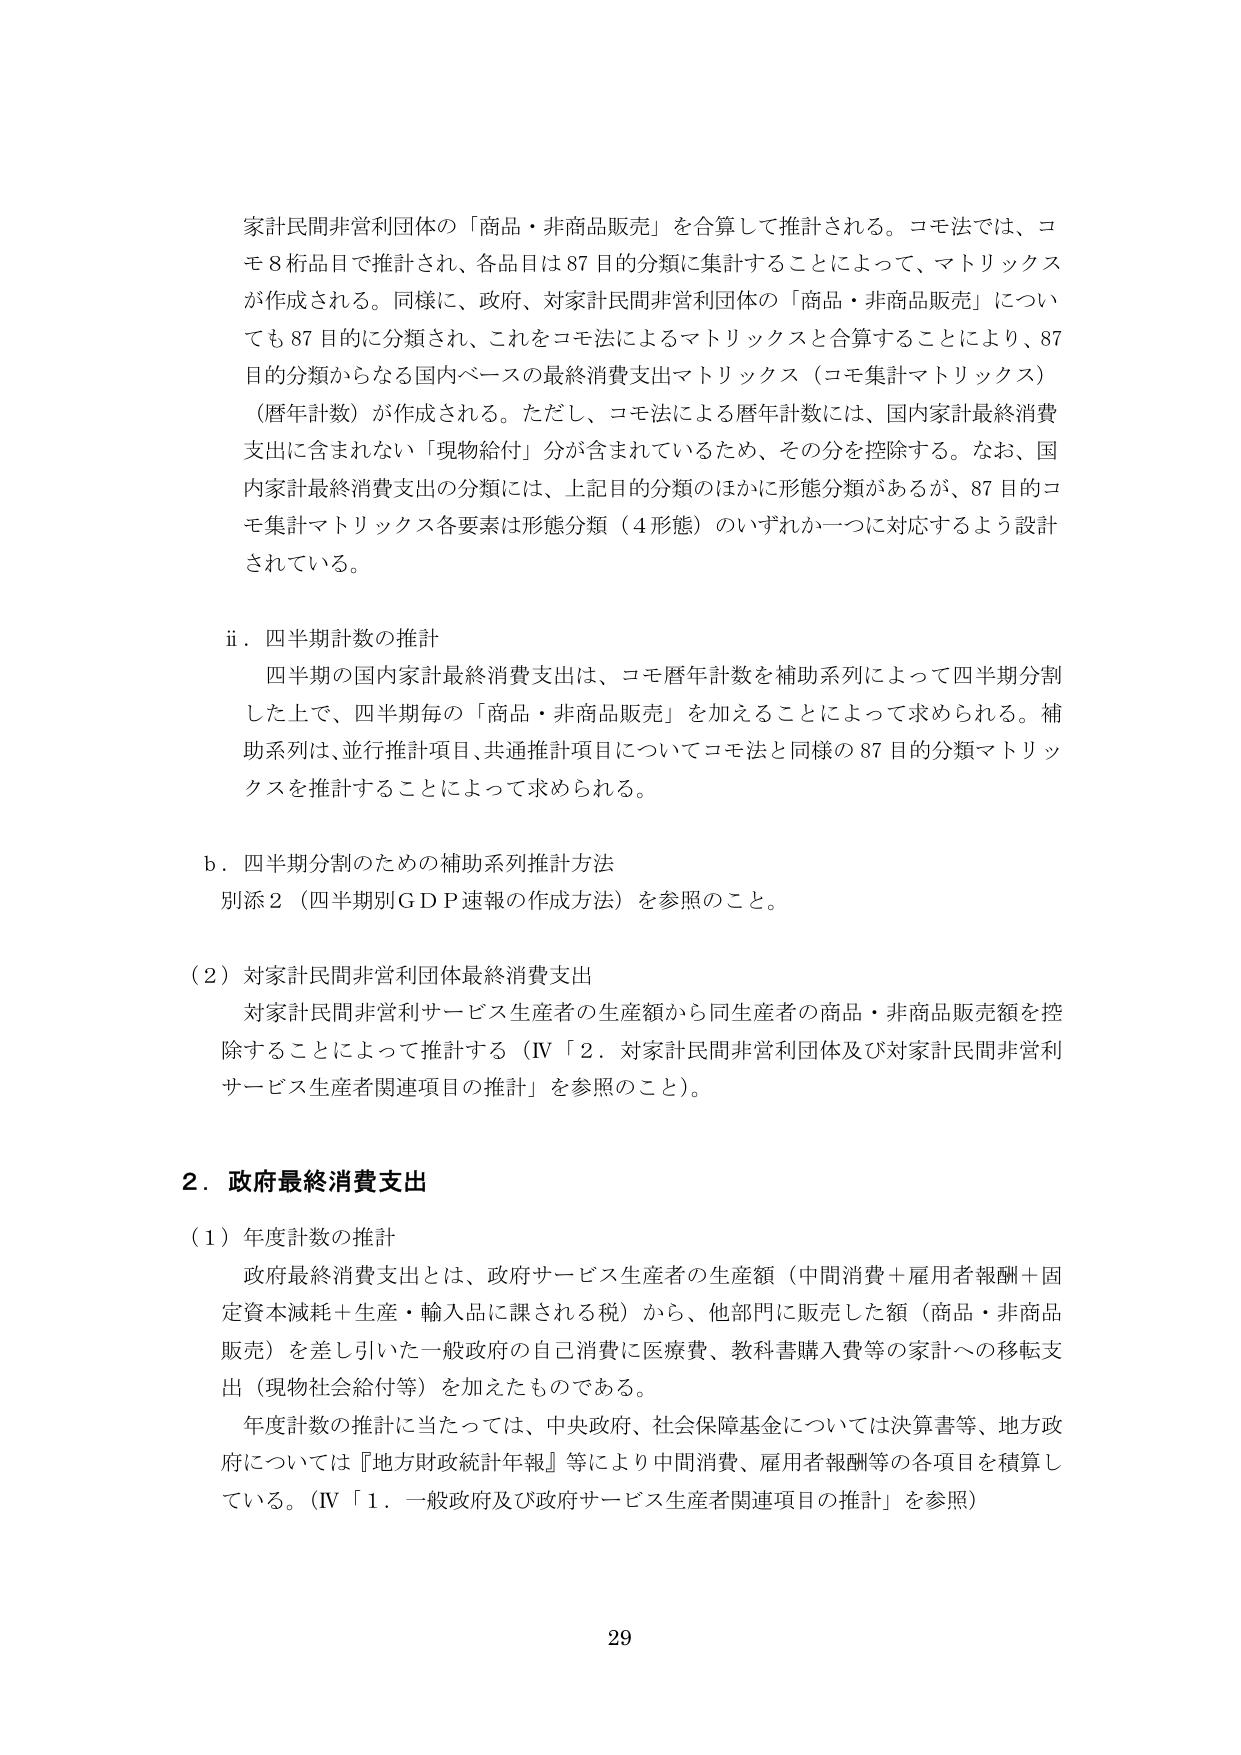
家計民間非営利団体の「商品・非商品販売」を合算して推計される。コモ法では、コモ8桁品目で推計され、各品目は87目的分類に集計することによって、マトリックスが作成される。同様に、政府、対家計民間非営利団体の「商品・非商品販売」についても87目的に分類され、これをコモ法によるマトリックスと合算することにより、87目的分類からなる国内ベースの最終消費支出マトリックス（コモ集計マトリックス）（暦年計数）が作成される。ただし、コモ法による暦年計数には、国内家計最終消費支出に含まれない「現物給付」分が含まれているため、その分を控除する。なお、国内家計最終消費支出の分類には、上記目的分類のほかに形態分類があるが、87目的コモ集計マトリックス各要素は形態分類（4形態）のいずれか一つに対応するよう設計されている。

ii．四半期計数の推計
四半期の国内家計最終消費支出は、コモ暦年計数を補助系列によって四半期分割した上で、四半期毎の「商品・非商品販売」を加えることによって求められる。補助系列は、並行推計項目、共通推計項目についてコモ法と同様の87目的分類マトリックスを推計することによって求められる。

b．四半期分割のための補助系列推計方法
別添2（四半期別GDP速報の作成方法）を参照のこと。

（2）対家計民間非営利団体最終消費支出
対家計民間非営利サービス生産者の生産額から同生産者の商品・非商品販売額を控除することによって推計する（IV「2．対家計民間非営利団体及び対家計民間非営利サービス生産者関連項目の推計」を参照のこと）。

2．政府最終消費支出
（1）年度計数の推計
政府最終消費支出とは、政府サービス生産者の生産額（中間消費＋雇用者報酬＋固定資本減耗＋生産・輸入品に課される税）から、他部門に販売した額（商品・非商品販売）を差し引いた一般政府の自己消費に医療費、教科書購入費等の家計への移転支出（現物社会給付等）を加えたものである。
年度計数の推計に当たっては、中央政府、社会保障基金については決算書等、地方政府については『地方財政統計年報』等により中間消費、雇用者報酬等の各項目を積算している。（IV「1．一般政府及び政府サービス生産者関連項目の推計」を参照）

29